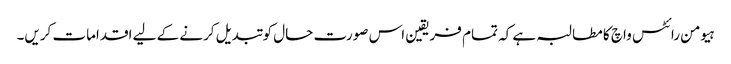
ہیومن رائٹس واچ کا مطالبہ ہے کہ تمام فریقین اس صورت حال کو تبدیل کرنے کے لیے اقدامات کریں۔